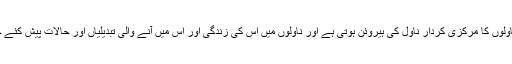
آپ کے ناولوں کا مرکزی کردار ناول کی ہیروئن ہوتی ہے اور ناولوں میں اس کی زندگی اور اس میں آنے والی تبدیلیاں اور حالات پیش کئے جاتے ہیں۔